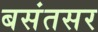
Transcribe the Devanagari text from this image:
बसंतसर